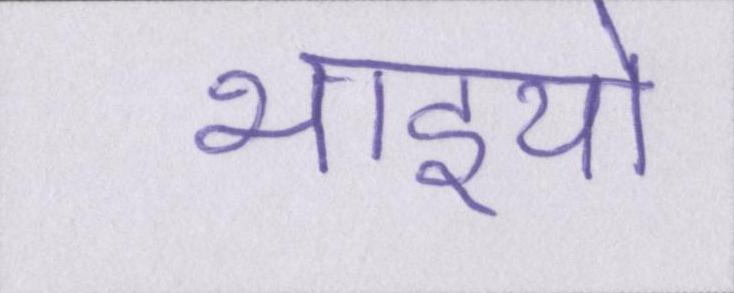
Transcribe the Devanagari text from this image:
भाइयो